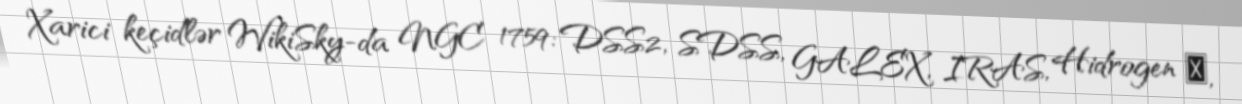
Xarici keçidlər WikiSky-da NGC 1759: DSS2, SDSS, GALEX, IRAS, Hidrogen α,